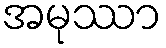
အမုဿာ